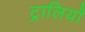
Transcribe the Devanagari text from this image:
ट्रालियाँ